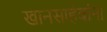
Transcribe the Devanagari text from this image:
खानसाहेबांना